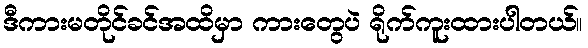
ဒီကားမတိုင်ခင်အထိမှာ ကားတွေပဲ ရိုက်ကူးထားပါတယ်။